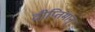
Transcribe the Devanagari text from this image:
दीप्तिमान्